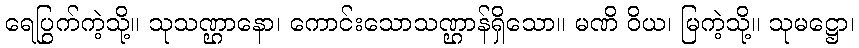
ရေပြွက်ကဲ့သို့။ သုသဏ္ဌာနော၊ ကောင်းသောသဏ္ဌာန်ရှိသော။ မဏိ ဝိယ၊ မြကဲ့သို့။ သုမဋ္ဌော၊